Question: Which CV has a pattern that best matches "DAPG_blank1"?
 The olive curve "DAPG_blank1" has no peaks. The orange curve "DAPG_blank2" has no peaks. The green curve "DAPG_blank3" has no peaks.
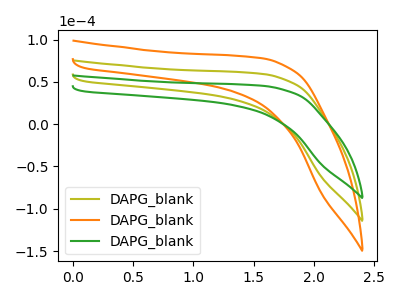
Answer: <think>Neither "DAPG_blank1" or "DAPG_blank2" have any peaks. Neither "DAPG_blank1" or "DAPG_blank3" have any peaks. Neither "DAPG_blank2" or "DAPG_blank3" have any peaks.
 </think>
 <answer>"DAPG_blank1" and "DAPG_blank2" have a similar shape to "DAPG_blank3".</answer>
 <eval>"DAPG_blank1" "DAPG_blank2"</eval>